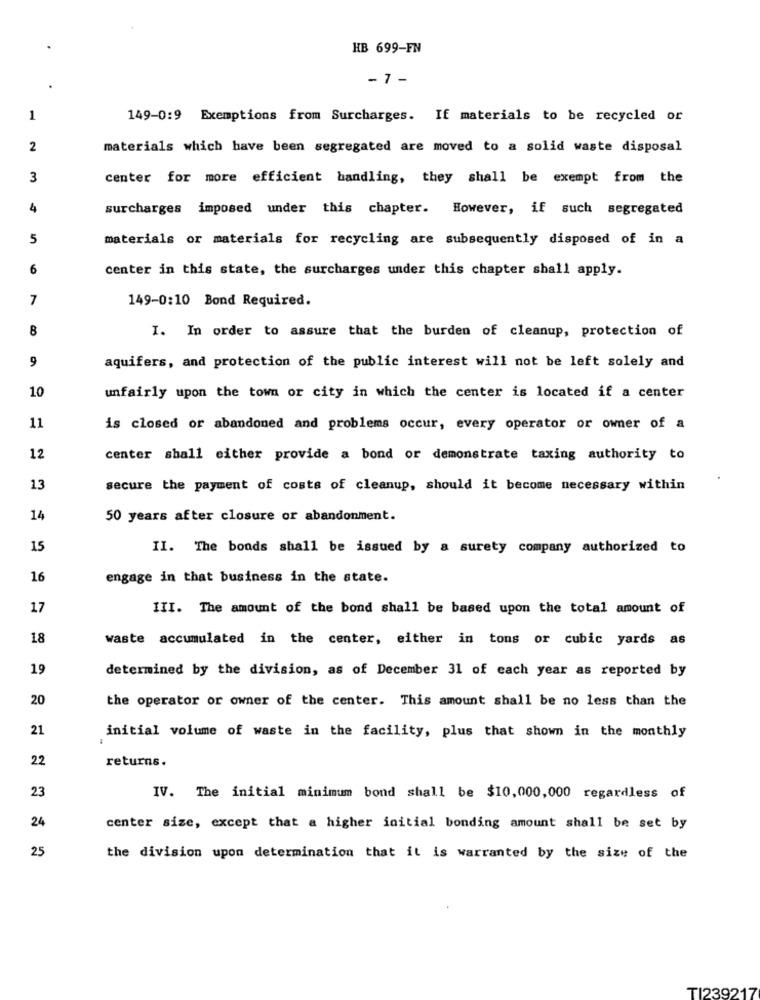
HB 699-FN
- 7 -
1
149-0:9 Exemptions from Surcharges. If materials to be recycled or
2
materials which have been segregated are moved to a solid waste disposal
3
center for more efficient handling, they shall be exempt from the
4
surcharges imposed under this chapter. However, if such segregated
5
materials or materials for recycling are subsequently disposed of in a
6
center in this state, the surcharges under this chapter shall apply.
7
149-0:10 Bond Required.
8
I. In order to assure that the burden of cleanup, protection of
9
aquifers, and protection of the public interest will not be left solely and
10
unfairly upon the town or city in which the center is located if a center
11
is closed or abandoned and problems occur, every operator or owner of a
12
center shall either provide a bond or demonstrate taxing authority to
13
secure the payment of costs of cleanup, should it become necessary within
14
50 years after closure or abandonment.
15
II. The bonds shall be issued by a surety company authorized to
16
engage in that business in the state.
17
III. The amount of the bond shall be based upon the total amount of
18
waste accumulated in the center, either in tons or cubic yards as
19
determined by the division, as of December 31 of cach year as reported by
20
the operator or owner of the center. This amount shall be no less than the
21
initial volume of waste in the facility, plus that shown in the monthly
22
returns.
23
IV. The initial minimum bond shall be $10,000,000 regardless of
24
center size, except that a higher initial bonding amount shall be set by
25
the division upon determination that it is warranted by the size of the
TI239217